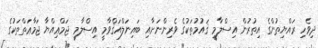
ދިވެހި ރައްޔިތުންގެ އިތުރުން އިސްލާމީ ޤައުމުތަކުގެ ވެރިންނަށާއި ބައިނަލްއަޤްވާމީ އިސްލާމީ ޖަމްޢިއްޔާ ޖަމާޢަތްތަކުގެ